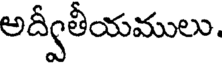
అద్వీతీయములు.